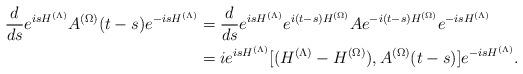
LaTeX: \begin{align*}\frac{d}{ds}e^{isH^{(\Lambda)}}A^{(\Omega)}(t-s)e^{-isH^{(\Lambda)}}&=\frac{d}{ds}e^{isH^{(\Lambda)}}e^{i(t-s)H^{(\Omega)}}Ae^{-i(t-s)H^{(\Omega)}}e^{-isH^{(\Lambda)}}\\&= ie^{isH^{(\Lambda)}}[(H^{(\Lambda)}-H^{(\Omega)}),A^{(\Omega)}(t-s)]e^{-isH^{(\Lambda)}}. \end{align*}